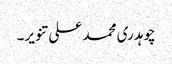
چوہدری محمد علی تنویر۔